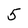
Character: 5